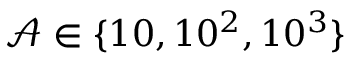
\mathcal { A } \in \{ 1 0 , 1 0 ^ { 2 } , 1 0 ^ { 3 } \}